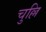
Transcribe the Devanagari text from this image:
चुल्लि